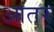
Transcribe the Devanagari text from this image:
आंतर्